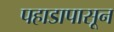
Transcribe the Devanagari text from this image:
पहाडापासून